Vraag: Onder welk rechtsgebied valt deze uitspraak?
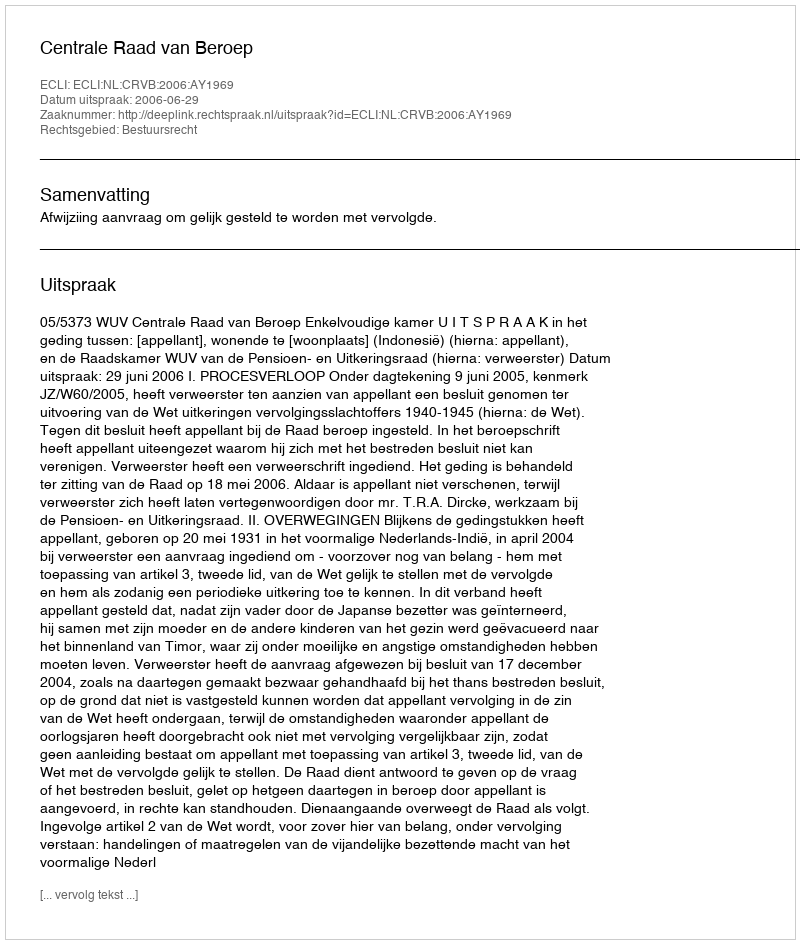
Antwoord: Bestuursrecht